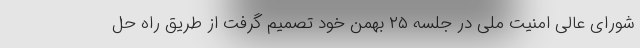
شورای عالی امنیت ملی در جلسه ۲۵ بهمن خود تصمیم گرفت از طریق راه حل